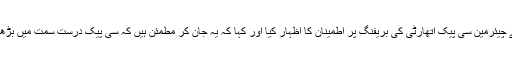
کمیٹی کی چیئرپرسن شیری رحمن اور دیگر سینیٹرز نے چیئرمین سی پیک اتھارٹی کی بریفنگ پر اطمینان کا اظہار کیا اور کہا کہ یہ جان کر مطمئن ہیں کہ سی پیک درست سمت میں بڑھ رہا ہے، سی پیک پر تمام سیاسی جماعتوں کا اتفاق ہے۔